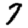
Digit: 7